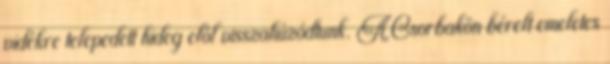
vidékre telepedett hideg elõl visszahúzódtunk. A Csorbakõn bérelt emeletes